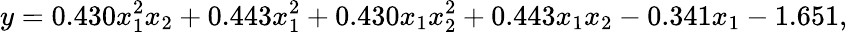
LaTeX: y=0.430x_{1}^{2}x_{2}+0.443x_{1}^{2}+0.430x_{1}x_{2}^{2}+0.443x_{1}x_{2}-0.341x_{1}-1.651,